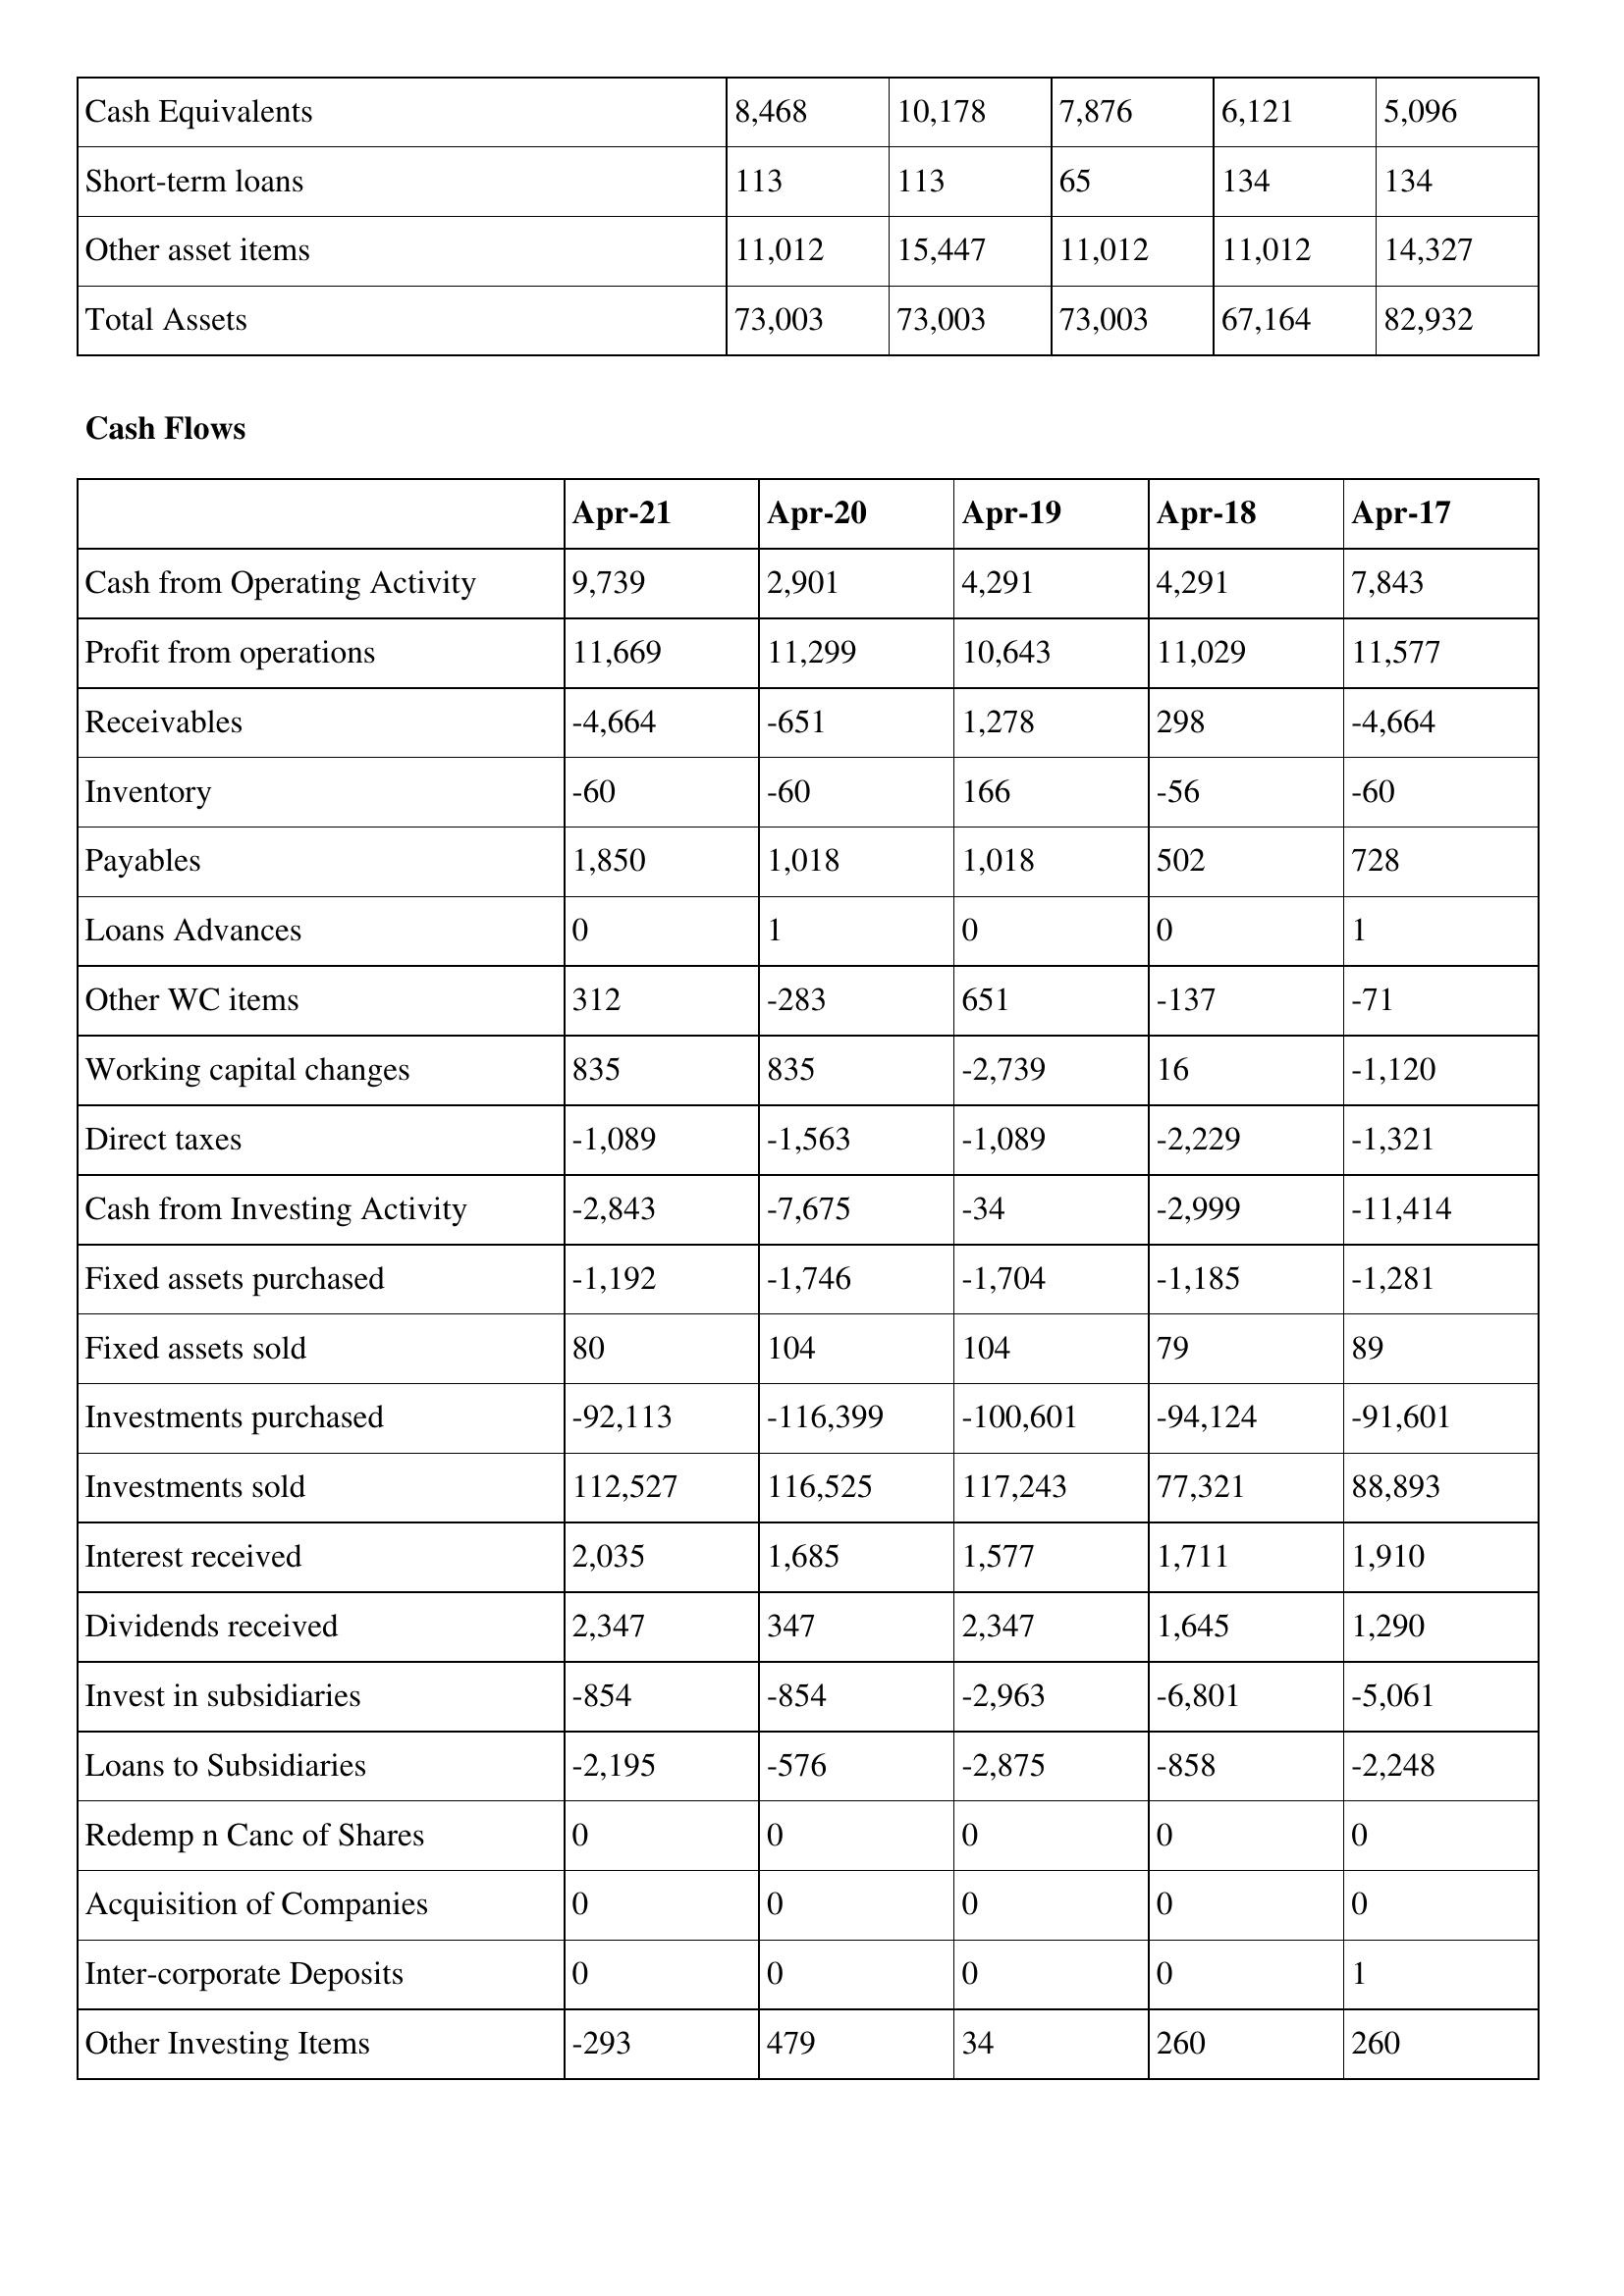
gt_parse: Apr-21: Balance Sheet: Cash Equivalents: 8,468
Short-term loans: 113
Other asset items: 11,012
Total Assets: 73,003
Cash Flows: Cash from Operating Activity: 9,739
Profit from operations: 11,669
Receivables: -4,664
Inventory: -60
Payables: 1,850
Loans Advances: 0
Other WC items: 312
Working capital changes: 835
Direct taxes: -1,089
Cash from Investing Activity: -2,843
Fixed assets purchased: -1,192
Fixed assets sold: 80
Investments purchased: -92,113
Investments sold: 112,527
Interest received: 2,035
Dividends received: 2,347
Invest in subsidiaries: -854
Loans to Subsidiaries: -2,195
Redemp n Canc of Shares: 0
Acquisition of Companies: 0
Inter-corporate Deposits: 0
Other Investing Items: -293
Apr-20: Balance Sheet: Cash Equivalents: 10,178
Short-term loans: 113
Other asset items: 15,447
Total Assets: 73,003
Cash Flows: Cash from Operating Activity: 2,901
Profit from operations: 11,299
Receivables: -651
Inventory: -60
Payables: 1,018
Loans Advances: 1
Other WC items: -283
Working capital changes: 835
Direct taxes: -1,563
Cash from Investing Activity: -7,675
Fixed assets purchased: -1,746
Fixed assets sold: 104
Investments purchased: -116,399
Investments sold: 116,525
Interest received: 1,685
Dividends received: 347
Invest in subsidiaries: -854
Loans to Subsidiaries: -576
Redemp n Canc of Shares: 0
Acquisition of Companies: 0
Inter-corporate Deposits: 0
Other Investing Items: 479
Apr-19: Balance Sheet: Cash Equivalents: 7,876
Short-term loans: 65
Other asset items: 11,012
Total Assets: 73,003
Cash Flows: Cash from Operating Activity: 4,291
Profit from operations: 10,643
Receivables: 1,278
Inventory: 166
Payables: 1,018
Loans Advances: 0
Other WC items: 651
Working capital changes: -2,739
Direct taxes: -1,089
Cash from Investing Activity: -34
Fixed assets purchased: -1,704
Fixed assets sold: 104
Investments purchased: -100,601
Investments sold: 117,243
Interest received: 1,577
Dividends received: 2,347
Invest in subsidiaries: -2,963
Loans to Subsidiaries: -2,875
Redemp n Canc of Shares: 0
Acquisition of Companies: 0
Inter-corporate Deposits: 0
Other Investing Items: 34
Apr-18: Balance Sheet: Cash Equivalents: 6,121
Short-term loans: 134
Other asset items: 11,012
Total Assets: 67,164
Cash Flows: Cash from Operating Activity: 4,291
Profit from operations: 11,029
Receivables: 298
Inventory: -56
Payables: 502
Loans Advances: 0
Other WC items: -137
Working capital changes: 16
Direct taxes: -2,229
Cash from Investing Activity: -2,999
Fixed assets purchased: -1,185
Fixed assets sold: 79
Investments purchased: -94,124
Investments sold: 77,321
Interest received: 1,711
Dividends received: 1,645
Invest in subsidiaries: -6,801
Loans to Subsidiaries: -858
Redemp n Canc of Shares: 0
Acquisition of Companies: 0
Inter-corporate Deposits: 0
Other Investing Items: 260
Apr-17: Balance Sheet: Cash Equivalents: 5,096
Short-term loans: 134
Other asset items: 14,327
Total Assets: 82,932
Cash Flows: Cash from Operating Activity: 7,843
Profit from operations: 11,577
Receivables: -4,664
Inventory: -60
Payables: 728
Loans Advances: 1
Other WC items: -71
Working capital changes: -1,120
Direct taxes: -1,321
Cash from Investing Activity: -11,414
Fixed assets purchased: -1,281
Fixed assets sold: 89
Investments purchased: -91,601
Investments sold: 88,893
Interest received: 1,910
Dividends received: 1,290
Invest in subsidiaries: -5,061
Loans to Subsidiaries: -2,248
Redemp n Canc of Shares: 0
Acquisition of Companies: 0
Inter-corporate Deposits: 1
Other Investing Items: 260